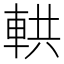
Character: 輁